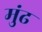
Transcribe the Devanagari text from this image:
मुंढ